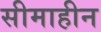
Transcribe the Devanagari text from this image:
सीमाहीन